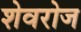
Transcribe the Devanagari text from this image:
शेवरोज